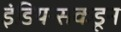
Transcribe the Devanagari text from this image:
इंडियन्सकडून